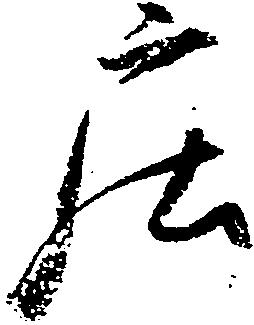
庄